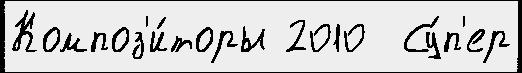
Композ'и́торы 2010  Су́п'ер